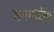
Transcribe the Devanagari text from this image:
समगोत्रीय